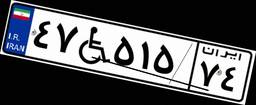
۴۷W۵۱۵۷۴